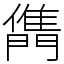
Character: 𨶊